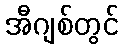
အီဂျစ်တွင်